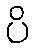
ပိ